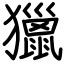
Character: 獵